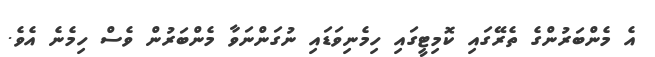
އެ މެންބަރުންގެ ތެރޭގައި ކޮމިޓީގައި ހިމެނިވަޑައި ނުގަންނަވާ މެންބަރުން ވެސް ހިމެނެ އެވެ.